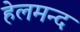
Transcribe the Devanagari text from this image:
हेलमन्द